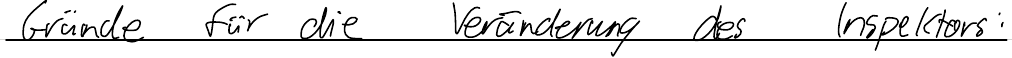
Gründe für die Veränderung des Inspektors: